Leaving Certificate Examination (including Day School Certificate (Higher) General paper), 1931
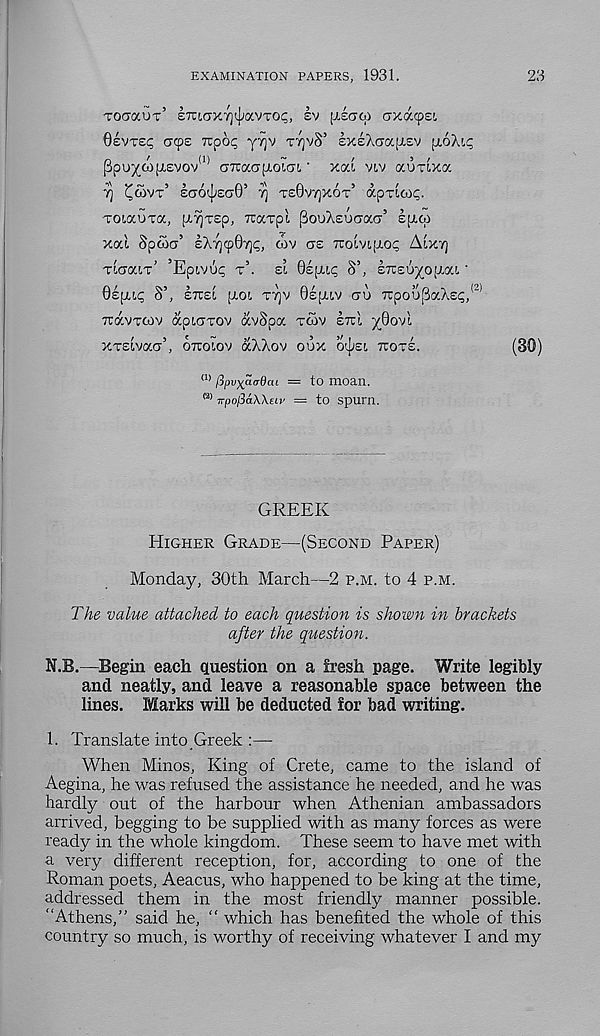
EXAMINATION PAPERS, 1931.
23
TOGaoir’ ETCiaxT^avTOi;, sv [XSCTOI axacpei
OevTEi; acpe Ttpo^ yTjv TTJVS’ exsAGajxev ptoX!.!;
Ppu^a)[X£Vov (1> GTcaG[Aoi.Gi.' xai viv aoTixa
7] ^OVT 5 ea6^£G0’ 7] T£0V7]X6T’ apTICOp.
TOiaUTa, P-^T£p, TCaTpl PouXEUGaG 3 Epicp
xal SpCOG 3 1X7)907]^, (I)V G£ TTOIVipiOp AlXT)
TIGOCIT’ ’Epivup T 3 . £L 0£[jUp S’, £7r£0^0|J.a!, '
0£[jLip S’, E7TEI plot T7]V 0£pitV GU TCpouPaXE^/ 2 '
TravTtov aptGTOv avSpa TCOV ETTL ^0ovt
XTEtVaG 3 , OTTOIOV aXXoV OUX OlpEt 7TOTE.
(30)
(1) fipvxao-dcu = to moan.
<a) TTpofiaWeii’ = to spurn.
GREEK
HIGHER GRADE—(SECOND PAPER)
Monday, 30th March—2 P.M. to 4 P.M.
The value attached to each question is shown in brackets
after the question.
N.B.—Begin each question on a fresh page. Write legibly
and neatly, and leave a reasonable space between the
lines. Marks will be deducted for bad writing.
1. Translate into Greek :—
When Minos, King of Crete, came to the island of
Aegina, he was refused the assistance he needed, and he was
hardly out of the harbour when Athenian ambassadors
arrived, begging to be supplied with as many forces as were
ready in the whole kingdom. These seem to have met with
a very different reception, for, according to one of the
Roman poets, Aeacus, who happened to be king at the time,
addressed them in the most friendly manner possible.
"Athens,” said he, “ which has benefited the whole of this
country so much, is worthy of receiving whatever I and my